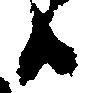
ハ